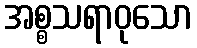
အစ္စသရာဝုသော